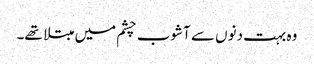
وہ بہت دنوں سے آشوب چشم میں مبتلا تھے۔